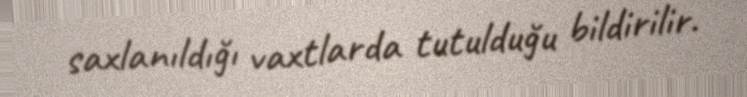
saxlanıldığı vaxtlarda tutulduğu bildirilir.